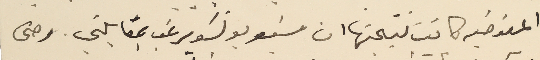
المفوضيه كانت نتيجتها ان مسَيو بونسَو يرغب بمقابلتي. وحتى